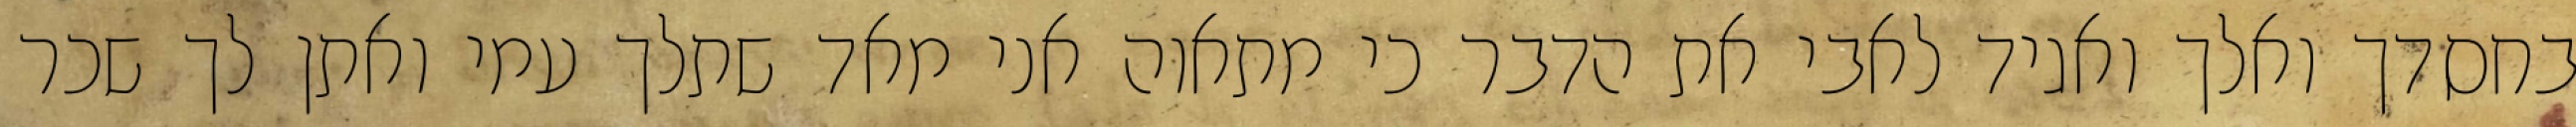
בחסדך ואלך ואגיד לאבי את הדבר כי מתאוה אני מאד שתלך עמי ואתן לך שכר